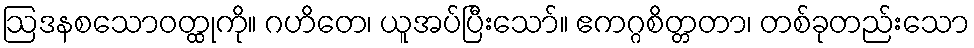
ဩဒနစသောဝတ္ထုကို။ ဂဟိတေ၊ ယူအပ်ပြီးသော်။ ဧကဂ္ဂစိတ္တတာ၊ တစ်ခုတည်းသော